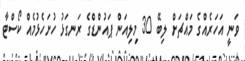
ވަނީ އަހަރެއްގެ މައްޗަށް ލިބޭ 30 މިލިއަން ޕައުންޑްގެ ރަނގަޅު ހުށަހެޅުމެއް ކޯސްޓާ